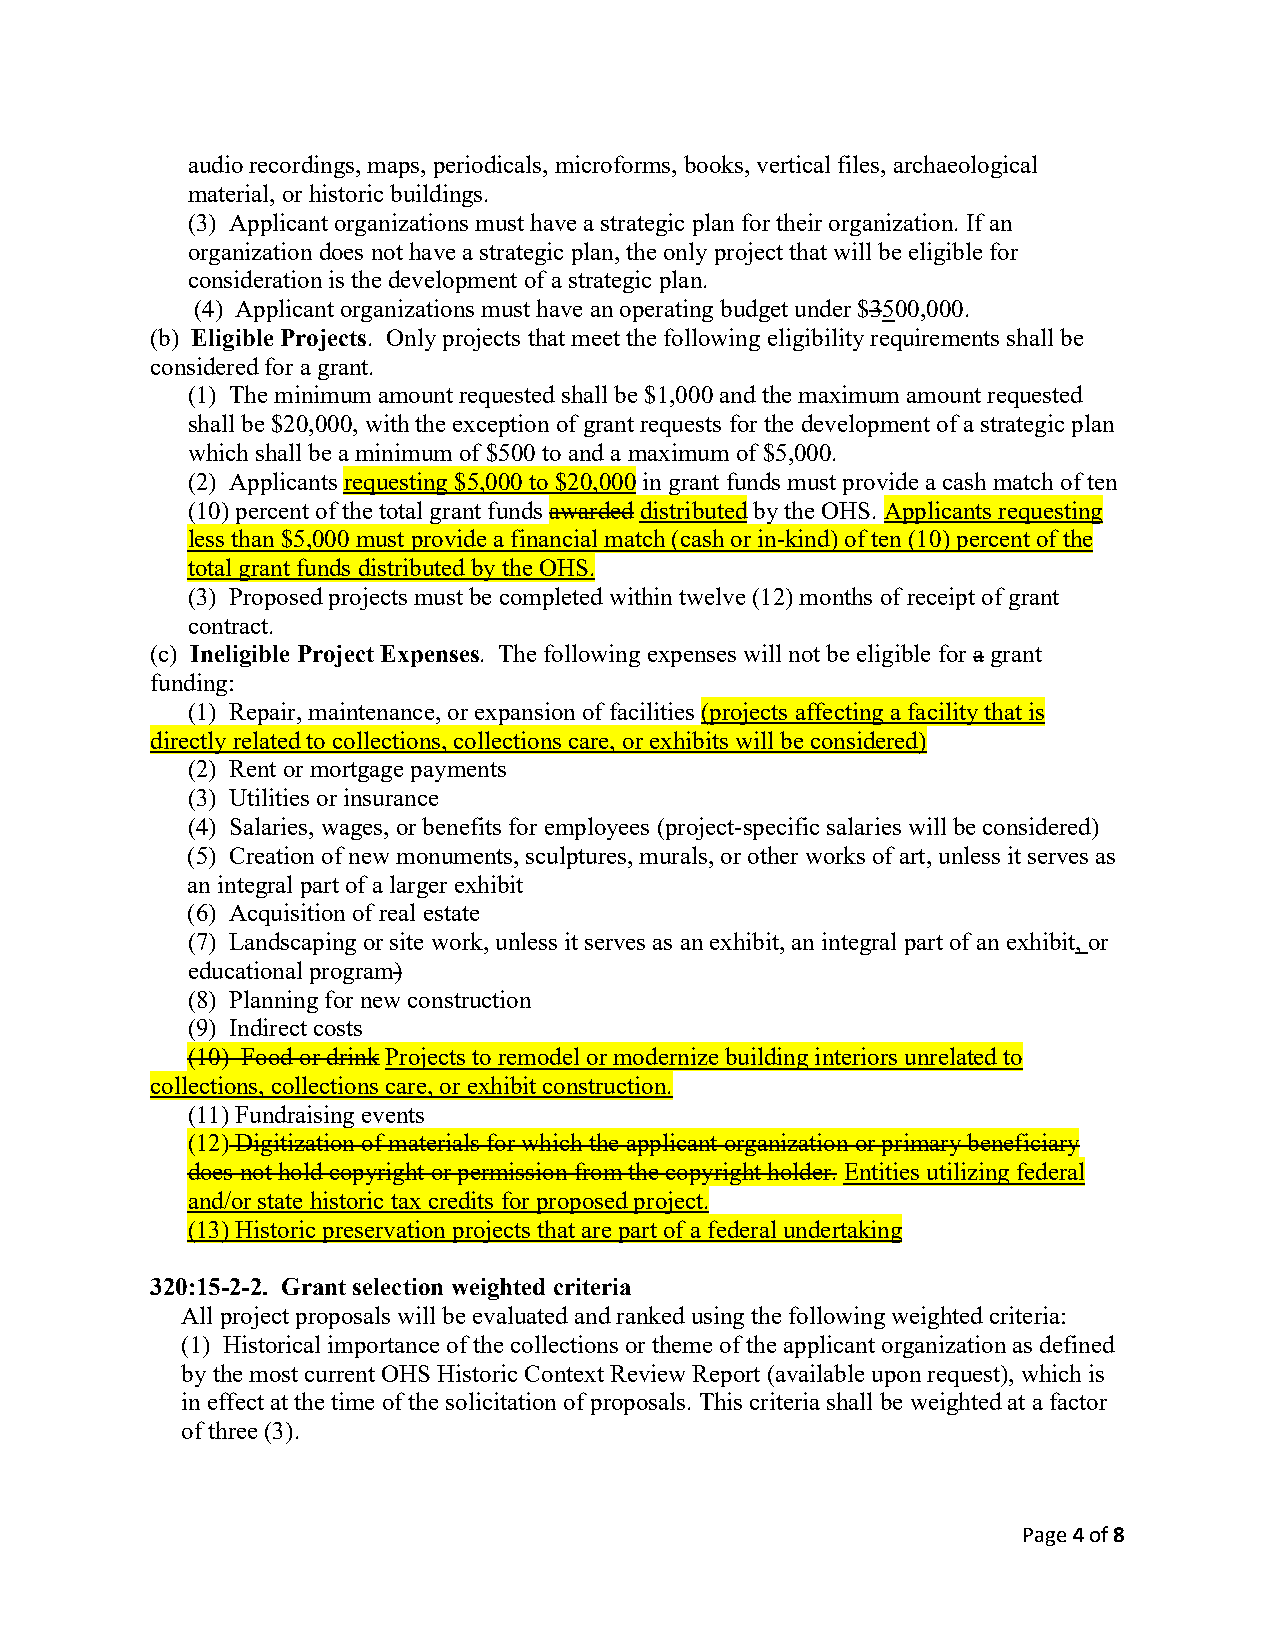
audio recordings, maps, periodicals, microforms, books, vertical files, archaeological
 material, or historic buildings.
 (3) Applicant organizations must have a strategic plan for their organization. If an
 organization does not have a strategic plan, the only project that will be eligible for
 consideration is the development of a strategic plan.
 (4) Applicant organizations must have an operating budget under $3500,000.
 (b) Eligible Projects. Only projects that meet the following eligibility requirements shall be
 considered for a grant.
 (1) The minimum amount requested shall be $1,000 and the maximum amount requested
 shall be $20,000, with the exception of grant requests for the development of a strategic plan
 which shall be a minimum of $500 to and a maximum of $5,000.
 (2) Applicants requesting $5,000 to $20,000 in grant funds must provide a cash match of ten
 (10) percent of the total grant funds awarded distributed by the OHS. Applicants requesting
 less than $5,000 must provide a financial match (cash or in-kind) of ten (10) percent of the
 total grant funds distributed by the OHS.
 (3) Proposed projects must be completed within twelve (12) months of receipt of grant
 contract.
 (c) Ineligible Project Expenses. The following expenses will not be eligible for a grant
 funding:
 (1) Repair, maintenance, or expansion of facilities (projects affecting a facility that is
 directly related to collections, collections care, or exhibits will be considered)
 (2) Rent or mortgage payments
 (3) Utilities or insurance
 (4) Salaries, wages, or benefits for employees (project-specific salaries will be considered)
 (5) Creation of new monuments, sculptures, murals, or other works of art, unless it serves as
 an integral part of a larger exhibit
 (6) Acquisition of real estate
 (7) Landscaping or site work, unless it serves as an exhibit, an integral part of an exhibit, or
 educational program)
 (8) Planning for new construction
 (9) Indirect costs
 (10) Food or drink Projects to remodel or modernize building interiors unrelated to
 collections, collections care, or exhibit construction.
 (11) Fundraising events
 (12) Digitization of materials for which the applicant organization or primary beneficiary
 does not hold copyright or permission from the copyright holder. Entities utilizing federal
 and/or state historic tax credits for proposed project.
 (13) Historic preservation projects that are part of a federal undertaking
 320:15-2-2. Grant selection weighted criteria
 All project proposals will be evaluated and ranked using the following weighted criteria:
 (1) Historical importance of the collections or theme of the applicant organization as defined
 by the most current OHS Historic Context Review Report (available upon request), which is
 in effect at the time of the solicitation of proposals. This criteria shall be weighted at a factor
 of three (3).
 Page 4 of 8